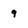
Character: 9